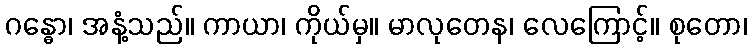
ဂန္ဓော၊ အနံ့သည်။ ကာယာ၊ ကိုယ်မှ။ မာလုတေန၊ လေကြောင့်။ စုတော၊